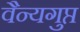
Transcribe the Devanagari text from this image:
वैन्यगुप्त